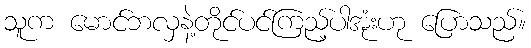
သူက မောင်ဘလှနဲ့တိုင်ပင်ကြည့်ပါအုံးဟု ပြောသည်။